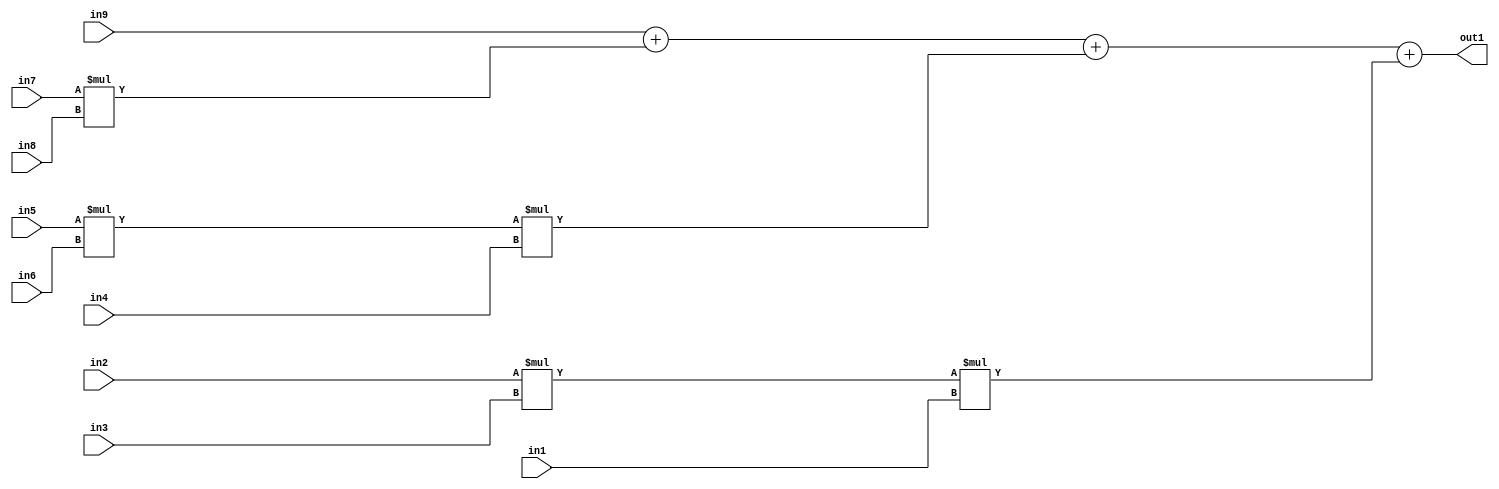
`timescale 1ps / 1ps
/*****************************************************************************
    Verilog RTL Description
    
    
    Created by: Stratus DpOpt 2019.1.01 
*******************************************************************************/

module st_weight_addr_gen_Add4Mul3u16u16u16Mul3u16u16u16Mul2u16u16u16_1 (
	in9,
	in8,
	in7,
	in6,
	in5,
	in4,
	in3,
	in2,
	in1,
	out1
	); /* architecture "behavioural" */ 
input [15:0] in9,
	in8,
	in7,
	in6,
	in5,
	in4,
	in3,
	in2,
	in1;
output [31:0] out1;
wire [31:0] asc001,
	asc002,
	asc003;

assign asc002 = 
	+(in5 * in6);

assign asc003 = 
	+(in2 * in3);

wire [31:0] asc001_tmp_0;
wire [31:0] asc001_tmp_1;
wire [31:0] asc001_tmp_2;
assign asc001_tmp_2 = 
	+(in9);
assign asc001_tmp_1 = asc001_tmp_2
	+(in7 * in8);
assign asc001_tmp_0 = asc001_tmp_1
	+(asc002 * in4);
assign asc001 = asc001_tmp_0
	+(asc003 * in1);

assign out1 = asc001;
endmodule

/* CADENCE  vbXwTA0= : u9/ySgnWtBlWxVPRXgAZ4Og= ** DO NOT EDIT THIS LINE ******/